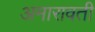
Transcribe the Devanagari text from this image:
अमारावती